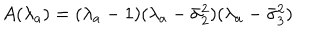
A ( \lambda _ { a } ) = ( \lambda _ { a } - 1 ) ( \lambda _ { a } - \bar { \sigma } _ { 2 } ^ { 2 } ) ( \lambda _ { a } - \bar { \sigma } _ { 3 } ^ { 2 } )